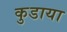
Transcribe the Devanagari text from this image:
कुडाया